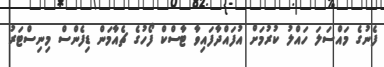
ފެނުގެ މައްސަލަ ހައްލު ކުރުމަށް އުފައްދާފައިވާ ޓާސްކް ފޯހުގެ ޗެއާމަން ޑިފެންސް މިނިސްޓަރު